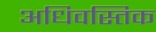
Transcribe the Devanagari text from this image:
अधिवस्तिक